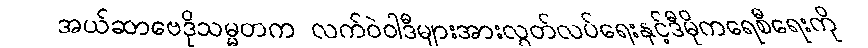
အယ်ဆာဗေဒိုသမ္မတက လက်ဝဲဝါဒီများအားလွတ်လပ်ရေးနှင့်ဒီမိုကရေစီရေးကို